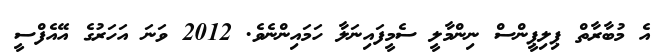
އެ މުބާރާތް ޕިލިޕީންސް ނިންމާލީ ސެމީފައިނަލާ ހަމައިންނެވެ. 2012 ވަނަ އަހަރުގެ އޭއެފްސީ